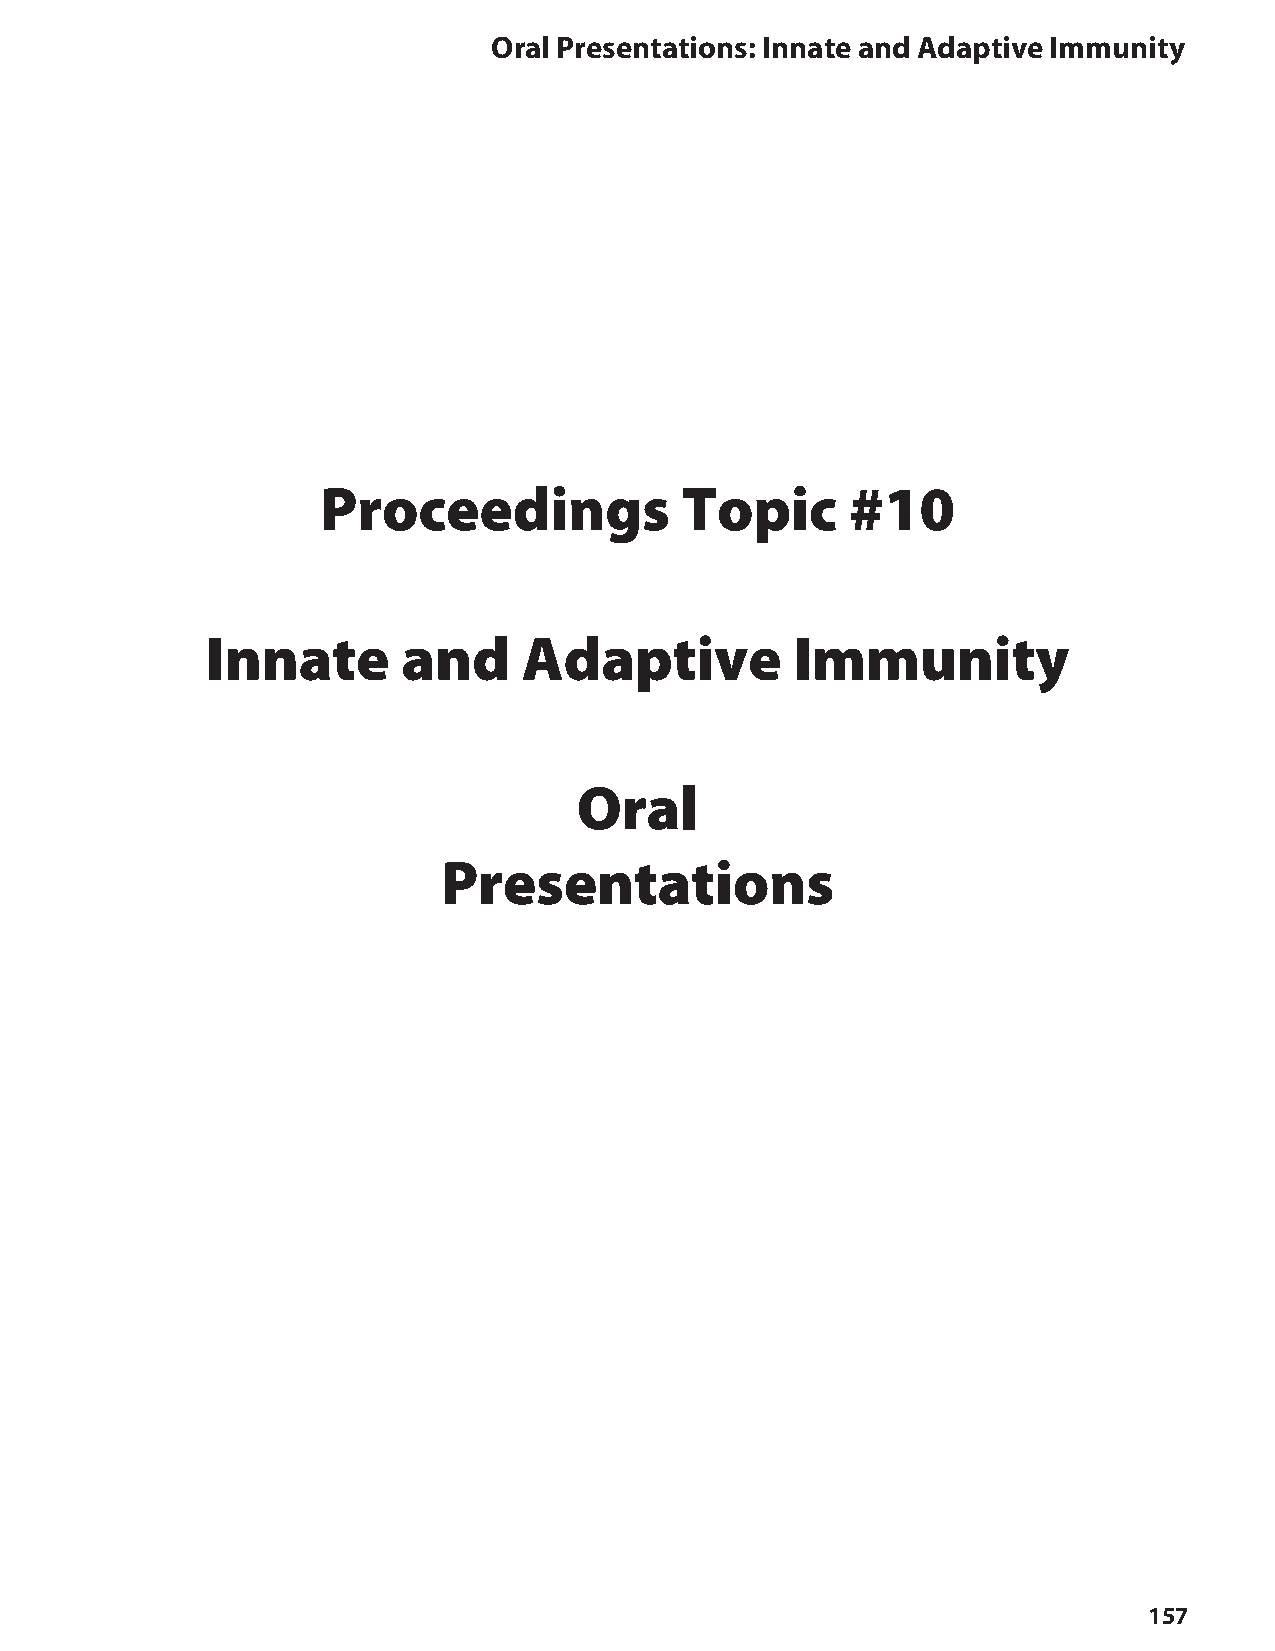
oral Presentations: Innate and Adaptive Immunity
 Proceedings             Topic      #10
 Innate       and     Adaptive          Immunity
 Oral
 Presentations
 157